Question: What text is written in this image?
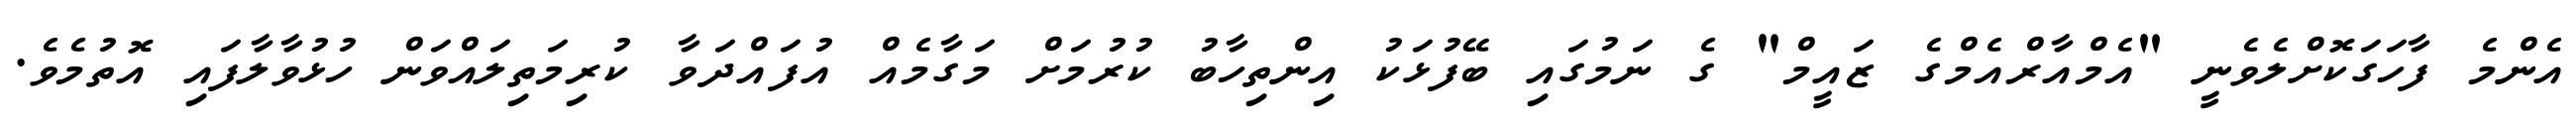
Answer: އެންމެ ފާހަގަކޮށްލެވެނީ "އެމްއާރްއެމްގެ ޒައީމް" ގެ ނަމުގައި ބޭފުޅަކު އިންތިހާބު ކުރުމަށް މަގާމެއް އުފައްދަވާ ކުރިމަތިލައްވަން ހުޅުވާލާފައި އޮތުމެވެ.